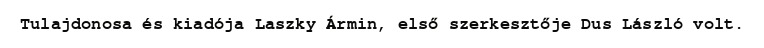
Tulajdonosa és kiadója Laszky Ármin, első szerkesztője Dus László volt.